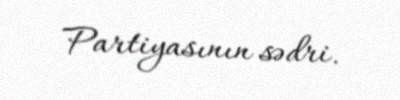
Partiyasının sədri.